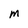
Character: m